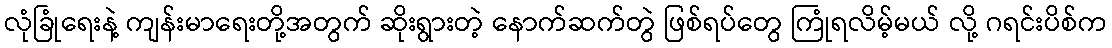
လုံခြုံရေးနဲ့ ကျန်းမာရေးတို့အတွက် ဆိုးရွားတဲ့ နောက်ဆက်တွဲ ဖြစ်ရပ်တွေ ကြုံရလိမ့်မယ် လို့ ဂရင်းပိစ်က